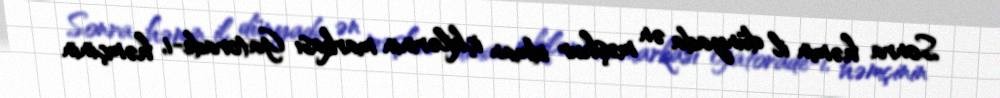
Sonra həmin il dünyada ən məşhur idman içkilərinin markası Gatorade-i, həmçinin